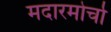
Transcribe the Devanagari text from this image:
मदारमोर्चा